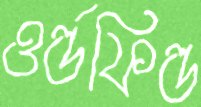
ওর্ল্ডফিল্ড